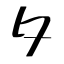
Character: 夕